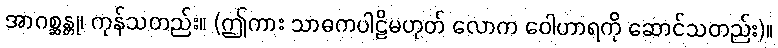
အာဂစ္ဆန္တု၊ ကုန်သတည်း။ (ဤကား သာဓကပါဠိမဟုတ် လောက ဝေါဟာရကို ဆောင်သတည်း)။